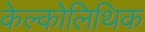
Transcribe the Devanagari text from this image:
केल्कोलिथिक